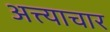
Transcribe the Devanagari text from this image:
अत्त्याचार